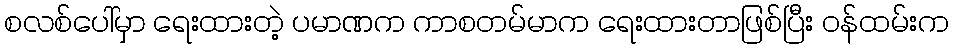
စလစ်ပေါ်မှာ ရေးထားတဲ့ ပမာဏက ကာစတမ်မာက ရေးထားတာဖြစ်ပြီး ဝန်ထမ်းက